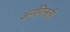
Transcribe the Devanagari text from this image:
अनगिनती